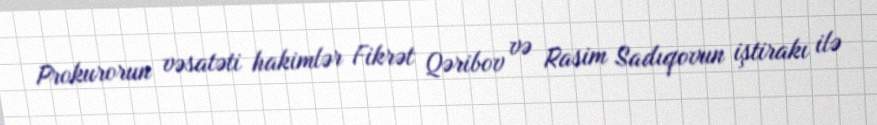
Prokurorun vəsatəti hakimlər Fikrət Qəribov və Rasim Sadıqovun iştirakı ilə